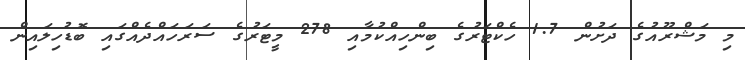
މި މަޝްރޫއުގެ ދަށުން 1.7 ހެކްޓަރުގެ ބިންހިއްކުމާއި 278 މީޓަރުގެ ސަރަހައްދެއްގައި ބޮޑުހިލައިން